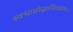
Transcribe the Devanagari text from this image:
स्वभासोद्भासितव्रजः।